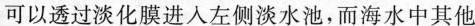
可以透过淡化膜进入左侧淡水池，而海水中其他